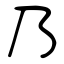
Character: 乃